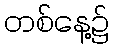
တစ်နေ့၌